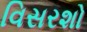
વિસરશો